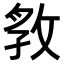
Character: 𭣲